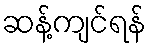
ဆန့်ကျင်ရန်